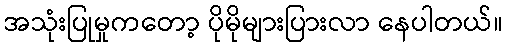
အသုံးပြုမှုကတော့ ပိုမိုများပြားလာ နေပါတယ်။